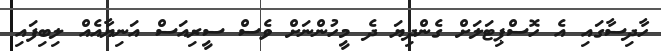
ހާދިސާގައި އެ ހޮސްޕިޓަލަށް ގެންދިޔަ ދެ މީހުންނަށް ވެސް ސީރިއަސް އަނިޔާއެއް ލިބިފައި